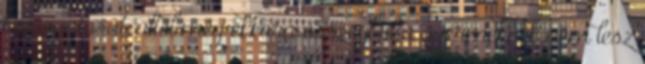
támogatását, attól még ekkora összegből a gyermeknek nem lesz